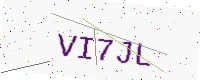
Text: VI7JL